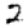
Digit: 2